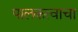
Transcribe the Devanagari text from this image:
पालकत्वाचा